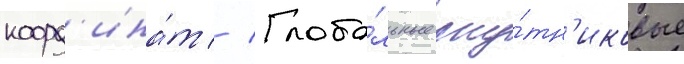
коорд'ина́т // Глоба́льные спу́тн'иковые